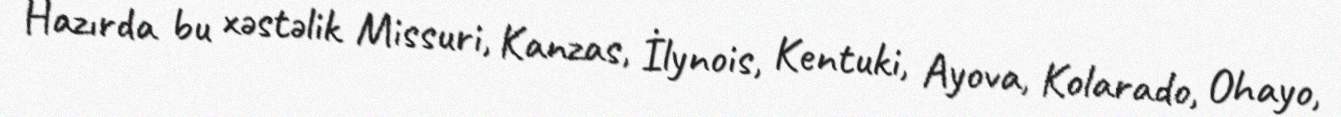
Hazırda bu xəstəlik Missuri, Kanzas, İlynois, Kentuki, Ayova, Kolarado, Ohayo,